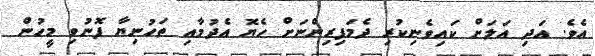
އެވެ. އަދި އަލަށް ކައިވެނިކުރި ދެމަފިރިންނަށް ހެޔޮ އެދުމާއި ތަހުނިޔާ ފޮނުވި މީހުން